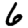
Digit: 6